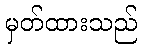
မှတ်ထားသည်